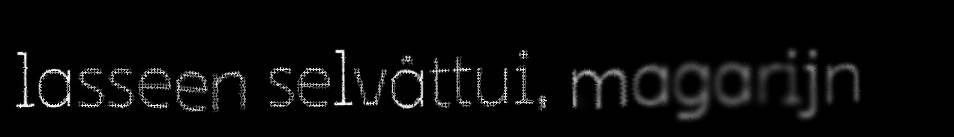
lasseen selvâttui, magarijn